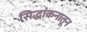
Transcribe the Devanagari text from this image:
सिद्धांकनातून